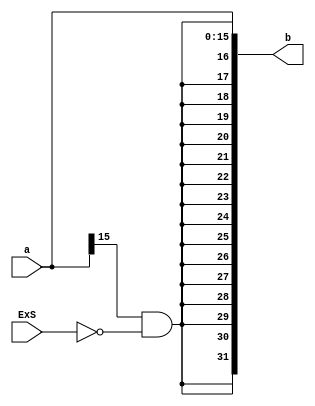
`timescale 1ns / 1ps
//////////////////////////////////////////////////////////////////////////////////
// Company: 
// Engineer: 
// 
// Design Name: 
// Module Name: SignExtend
// Project Name: 
// Target Devices: 
// Tool Versions: 
// Description: 
// 
// Dependencies: 
// 
// Revision:
// Revision 0.01 - File Created
// Additional Comments:
// 
//////////////////////////////////////////////////////////////////////////////////


module SignExtend(ExS, a, b);
	input ExS;
	input [15:0] a;
	output [31:0] b;
	assign b = {{16{a[15] & ~ExS}}, a};
	// ExS = 1 means zero extend, else sign extend
endmodule